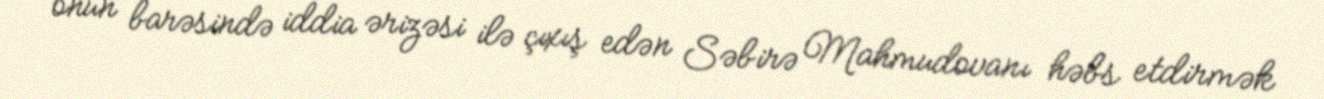
onun barəsində iddia ərizəsi ilə çıxış edən Səbirə Mahmudovanı həbs etdirmək